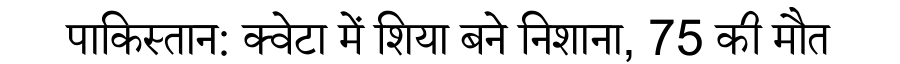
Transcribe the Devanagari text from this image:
पाकिस्तान: क्वेटा में शिया बने निशाना, 75 की मौत